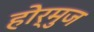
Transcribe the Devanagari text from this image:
होर्मुज